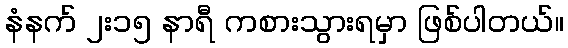
နံနက် ၂း၁၅ နာရီ ကစားသွားရမှာ ဖြစ်ပါတယ်။